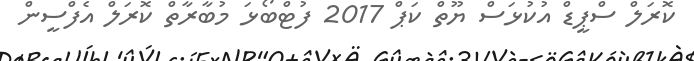
ކޮރަލް ސްޕީޑް އުކުޅަސް ޔޫތް ކަޕް 2017 ފުޓްބޯޅަ މުބާރާތް ކޮރަލް އެފްސީން